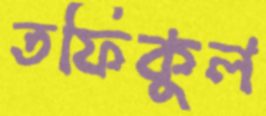
তফিকুল